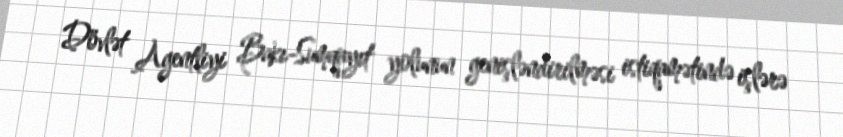
Dövlət Agentliyi Bakı-Sumqayıt yolunun genişləndirilməsi istiqamətində işlərə